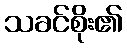
သခင်စိုး၏